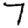
Digit: 7